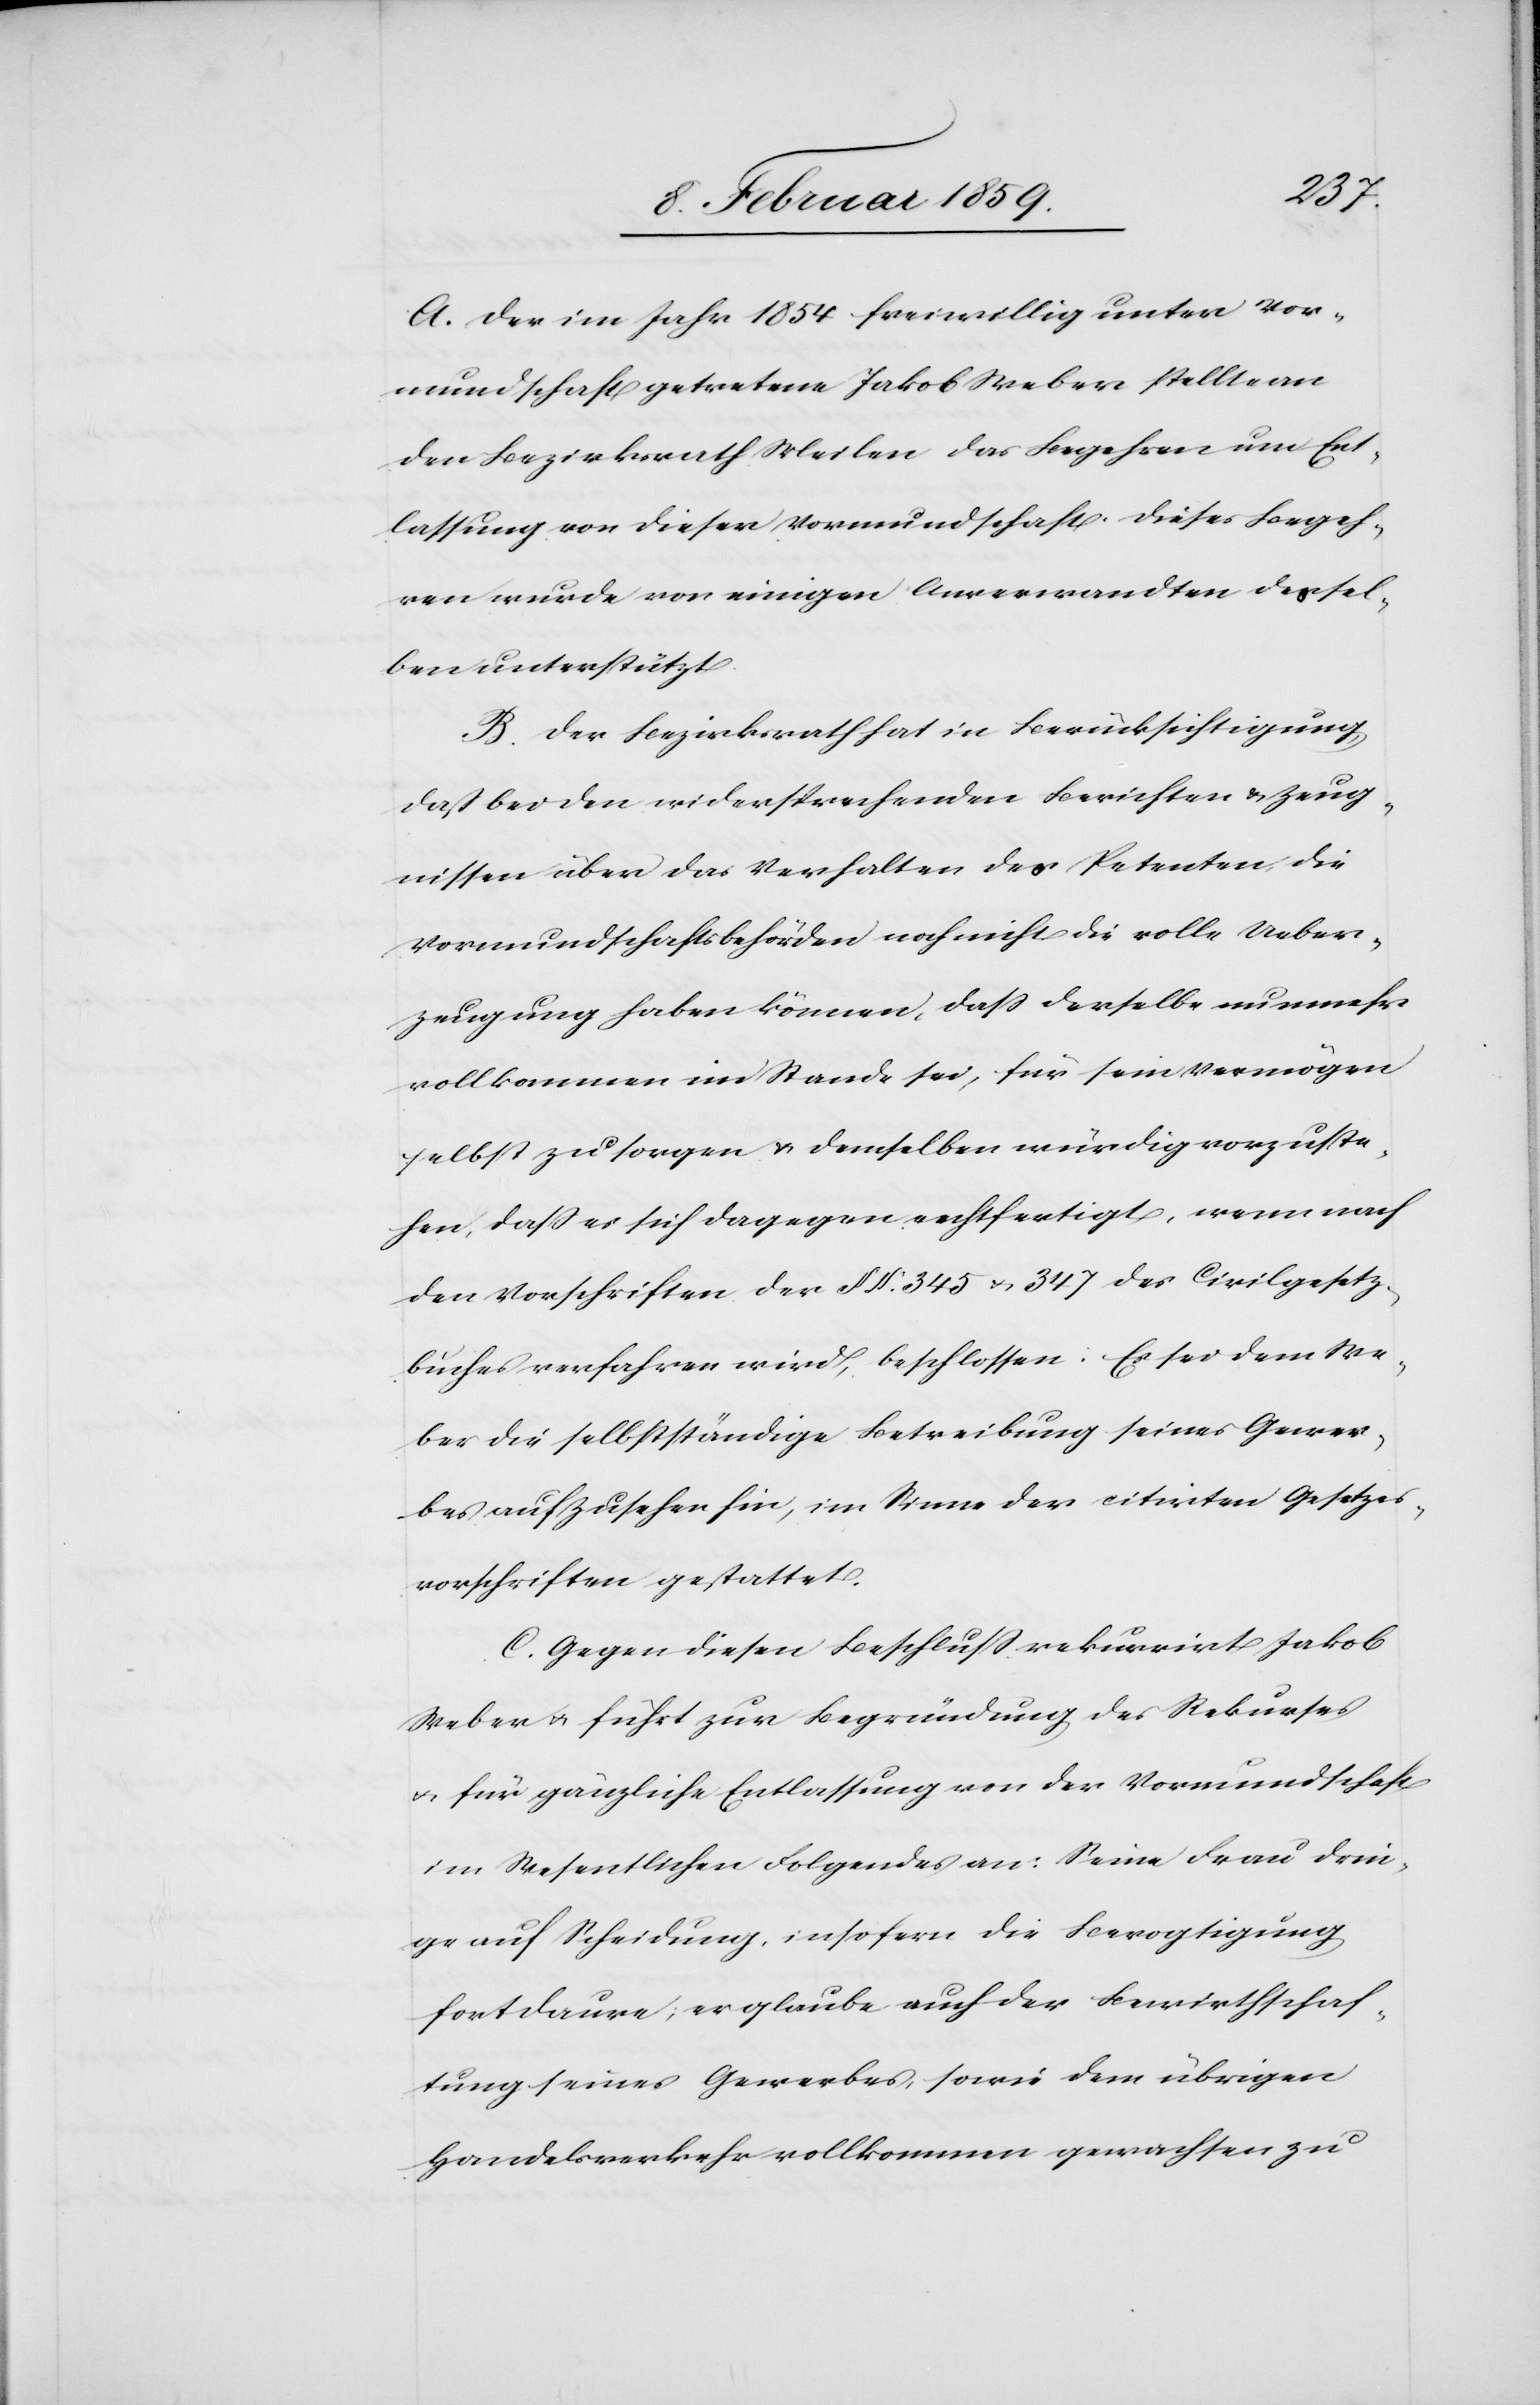
A. Der im Jahr 1854 freiwillig unter Vor¬
mundschaft getretene Jakob Weber stellte an
den Bezirksrath Meilen das Begehren um Ent¬
lassung von dieser Vormundschaft. Dieses Begeh¬
ren wurde von einigen Anverwandten dessel¬
ben unterstützt.
B. Der Bezirksrath hat in Berücksichtigung,
daß bei den widersprechenden Berichten & Zeug¬
nissen über das Verhalten des Petenten, die
Vormundschaftsbehörden noch nicht die volle Ueber¬
zeugung haben können, daß derselbe nunmehr
vollkommen im Stande sei, für sein Vermögen
selbst zu sorgen & demselben würdig vorzuste¬
hen, daß es sich dagegen rechtfertigt, wenn nach
den Vorschriften der § §. 345 u. 347 des Civilgesetz¬
buches verfahren wird, beschlossen: Es sei dem We¬
ber die selbstständige Betreibung seines Gewer¬
bes auf Zusehen hin, im Sinne der citirten Gesetzes¬
vorschriften gestattet.
C. Gegen diesen Beschluß rekurrirt Jakob
Weber u. führt zur Begründung des Rekurses
u. für gänzliche Entlassung von der Vormundschaft
im Wesentlichen Folgendes an: Seine Frau drin¬
ge auf Scheidung, insofern die Bevogtigung
fortdaure; er glaube auch der Bewirthschaf¬
tung seines Gewerbes, sowie dem übrigen
Handelsverkehr vollkommen gewachsen zu